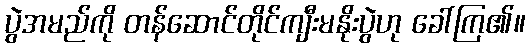
ပွဲအမည်ကို တန်ဆောင်တိုင်ကျီးမနိုးပွဲဟု ခေါ်ကြ၏။